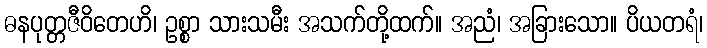
ဓနပုတ္တဇီဝိတေဟိ၊ ဥစ္စာ သားသမီး အသက်တို့ထက်။ အညံ၊ အခြားသော။ ပိယတရံ၊